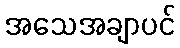
အသေအချာပင်